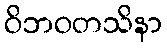
ဝိဘဝတသိနာ